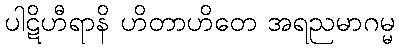
ပါဋိဟီရာနိ ဟိတာဟိတေ အရညမာဂမ္မ